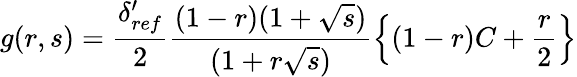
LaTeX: g(r,s)=\frac{\delta_{ref}^{\prime}}{2}\frac{(1-r)(1+\sqrt{s})}{(1+r\sqrt{s})}\left\{ (1-r)C+\frac{r}{2}\right\}